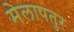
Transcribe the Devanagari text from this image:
मेलापतुर